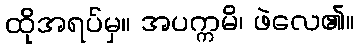
ထိုအရပ်မှ။ အပက္ကမိ၊ ဖဲလေ၏။